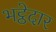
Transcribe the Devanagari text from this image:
भट्ठेदार